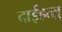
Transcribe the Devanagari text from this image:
दाईहत्सु